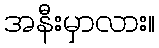
အနီးမှာလား။